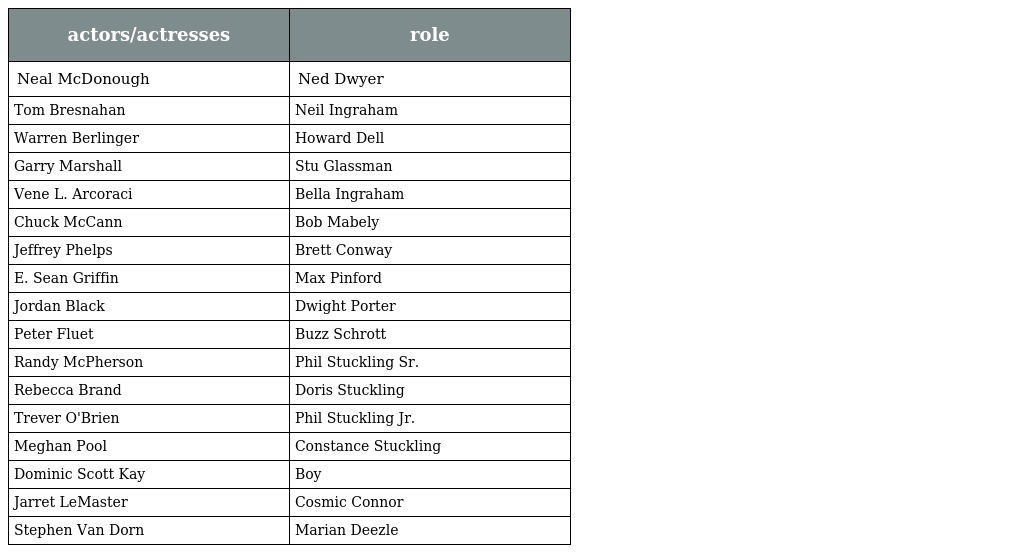
| actors/actresses | role |
 | --- | --- |
 | Neal McDonough | Ned Dwyer |
 | Tom Bresnahan | Neil Ingraham |
 | Warren Berlinger | Howard Dell |
 | Garry Marshall | Stu Glassman |
 | Vene L. Arcoraci | Bella Ingraham |
 | Chuck McCann | Bob Mabely |
 | Jeffrey Phelps | Brett Conway |
 | E. Sean Griffin | Max Pinford |
 | Jordan Black | Dwight Porter |
 | Peter Fluet | Buzz Schrott |
 | Randy McPherson | Phil Stuckling Sr. |
 | Rebecca Brand | Doris Stuckling |
 | Trever O'Brien | Phil Stuckling Jr. |
 | Meghan Pool | Constance Stuckling |
 | Dominic Scott Kay | Boy |
 | Jarret LeMaster | Cosmic Connor |
 | Stephen Van Dorn | Marian Deezle |